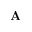
\mathbf { A }